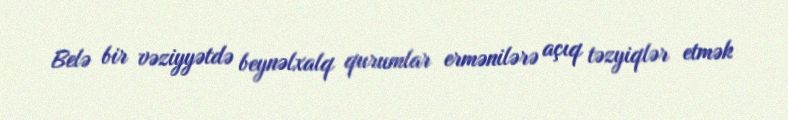
Belə bir vəziyyətdə beynəlxalq qurumlar ermənilərə açıq təzyiqlər etmək